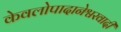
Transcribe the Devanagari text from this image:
केवलोपादानेश्वरवादी